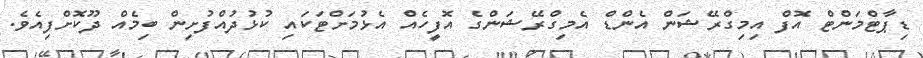
ޑިޕާޓްމަންޓް އޮފް އިމިގްރޭޝަން އެންޑް އެމިގްރޭޝަންގެ އޮފީހެއް އެޅުމަށްޓަކައި ކުޅުދުއްފުށިން ބިމެއް ދޫކޮށްފިއެވެ.